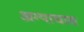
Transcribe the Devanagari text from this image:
अग्याघास